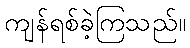
ကျန်ရစ်ခဲ့ကြသည်။